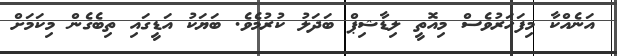
އަނެއްކާ މިފަހަރުވެސް މިއޮތީ ލިޑާޝިޕް ބަދަލު ކުރުމެވެ. ބަޔަކު އަޑީގައި ތިބެގެން މިކަމަށް